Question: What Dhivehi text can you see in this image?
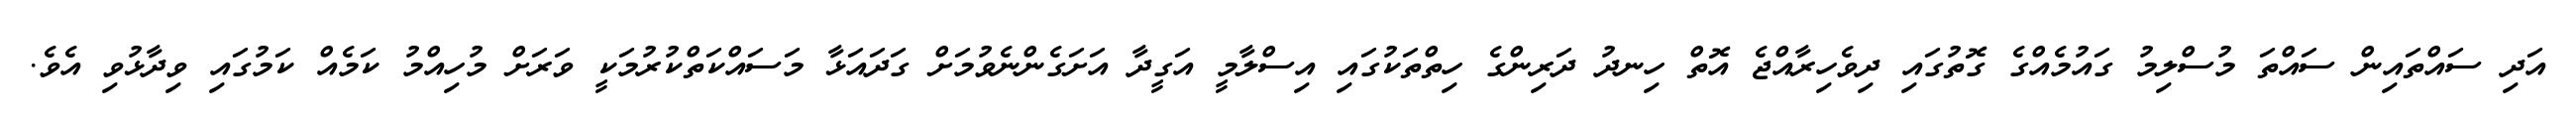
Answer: އަދި ސައްތައިން ސައްތަ މުސްލިމު ގައުމެއްގެ ގޮތުގައި ދިވެހިރާއްޖެ އޮތް ހިނދު ދަރިންގެ ހިތްތަކުގައި އިސްލާމީ އަގީދާ އަށަގެންނެވުމަށް ގަދައަޅާ މަސައްކަތްކުރުމަކީ ވަރަށް މުހިއްމު ކަމެއް ކަމުގައި ވިދާޅުވި އެވެ.